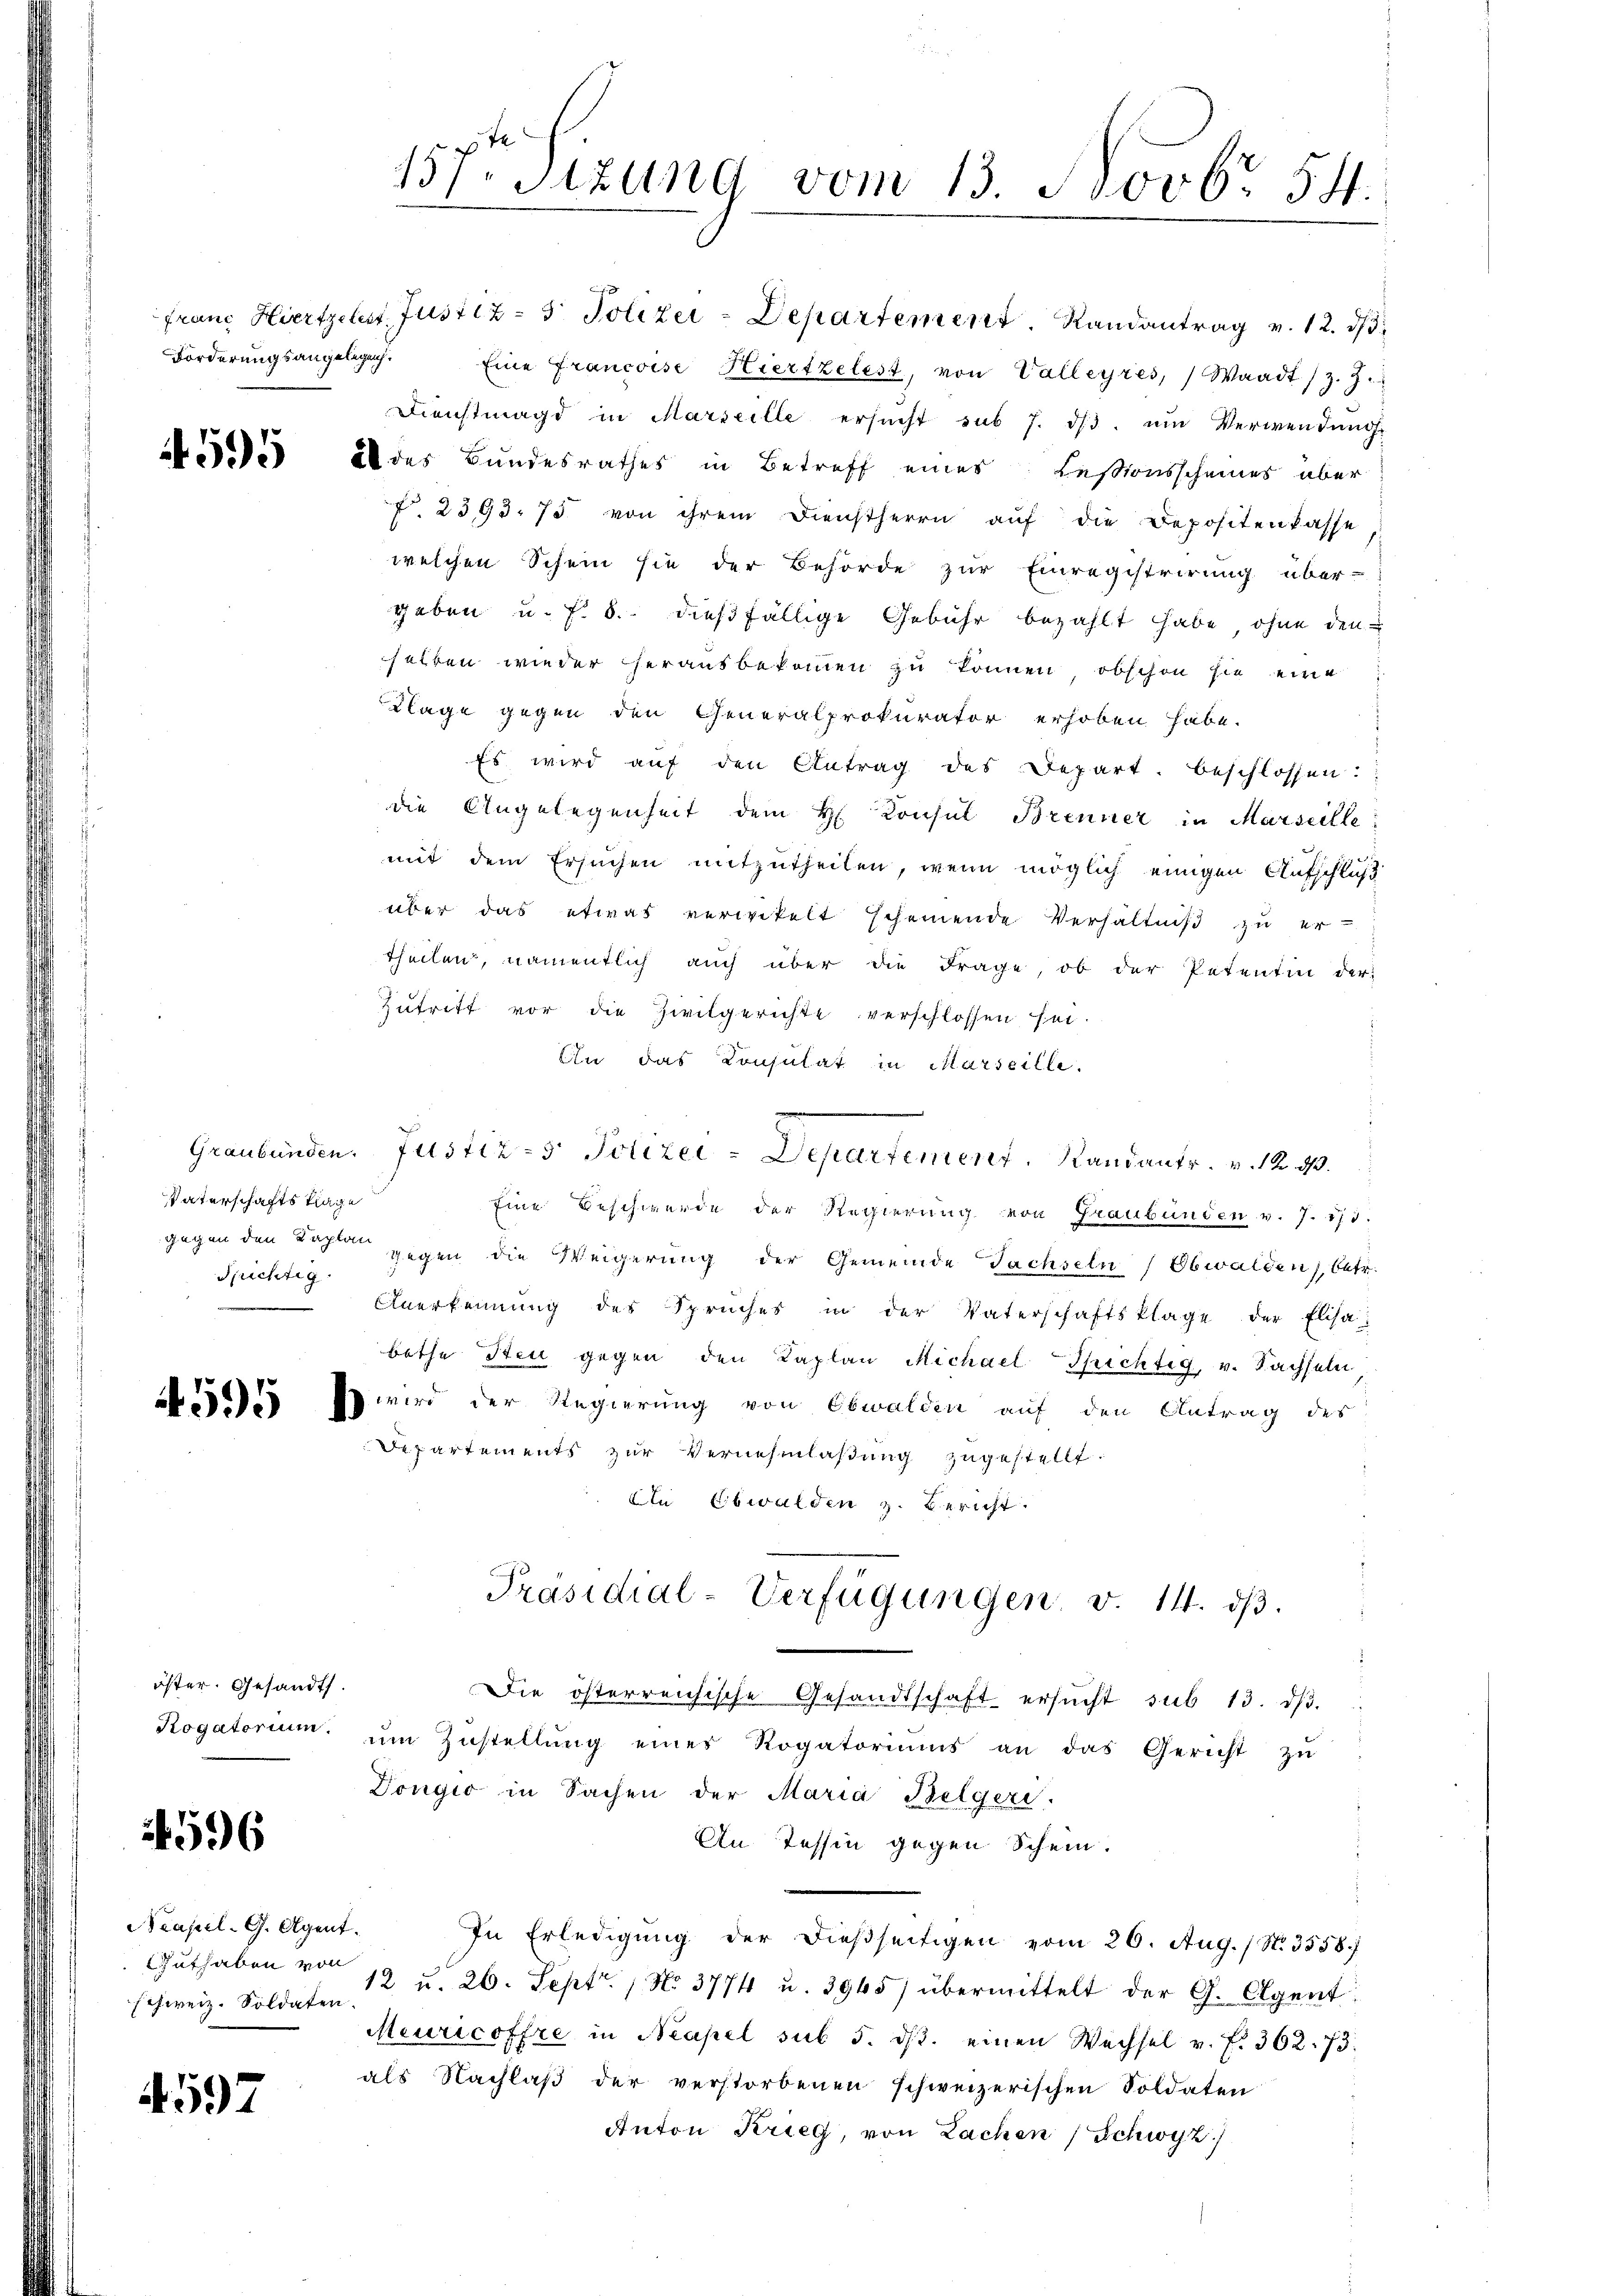
4595

öster. Gesandt.
Rogatorium.

596

Neapel-G. Agent
schweiz. Soldaten

4597

157. Sitzung vom 13. Novbr 54.

Vaterschaftsklage
Spichtig

Franz Hierfzelis Justiz- & Polizei-Departement. Randantrag v. 12. ds
Forderŭngsangelege. Eine Francoise Hiertzelest, von Valleyres, Waadt (z. 7.
Dienstmagd in Marseille ersŭcht sub 7. dβ. ŭm Verwendung
al des Bundesrathes in Betreff eines Lessionsscheines über
Nr. 2593. 75 von ihrem Dienstherrn auf die Depositenkasse
welchen Schein sie der Behörde zur Einregistrirung über-
geben u. f. 8. dießfällige Gebühr bezahlt habe, ohne den
selben wieder herausbekommen zu können, obschon sie eine
Klage gegen den Generalprokurator erhoben habe.
Es wird aŭf den Antrag des Depart. beschlossen:
die Angelegenheit dem H. Konsul Brenner in Marseille
mit dem Ersuchen mitzutheilen, wenn möglich einigen Aufschluß
über das etwas verwitelt scheinende Verhältniß zu er-
theilen, namentlich auch über die Frage, ob der Petentin der
Zutritt vor die Zivilgerichte verschlossen sei.
An das Consulat in Marseille.
Eine Beschwerde der Regierung von Graubünden v. J. 171.
gegen den Recht gegen die Weigerung der Gemeinde Fachseln (Obwalden), betr.
Anerkennung des Spruches in der Vaterschaftsklage der Elisa
bethe Steu gegen den Kaplan Michael Spichtig, v. Sachseln
 Es wird der Regierung von Obwalden auf den Antrag des
Departements zur Vernehmlassung zugestellt.
Du Ebwalden z. Bericht.
Präsidial-Verfügungen v. 14. dβ.
Die österreichische Gesandtschaft ersŭcht sub 13. dβ.
ŭm Zŭstellŭng eines Rogatoriums an das Gericht zŭ
Dongio in Sachen der Maria Belgeri.
An Tessin gegen Schein.
u
In Erledigung der dießseitigen vom 26. Aug. / N. 3358/
Gŭthaben von 12 u. 26. Sept. 1 No 3774 u. 3965) übermittelt der G. Agent
Meuricoffre in Neapel sub 5. ds. einen Wechsel v. f. 302. 73.
als Nachlaß der verstorbenen schweizerischen Soldaten
Anton Krieg, von Lachen Schwyz)

Graubünden. Justiz- & Polizei-Departement, Randants. v. 12. 23.